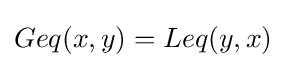
Geq(x,y)=Leq(y,x)